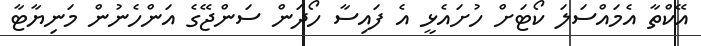
އޭކްތާ އެމައްސަލަ ކޯޓަށް ހުށައެޅީ އެ ފައިސާ ހޯދަން ސަންޖޭގެ އަންހެނުން މަނިޔާޓާ